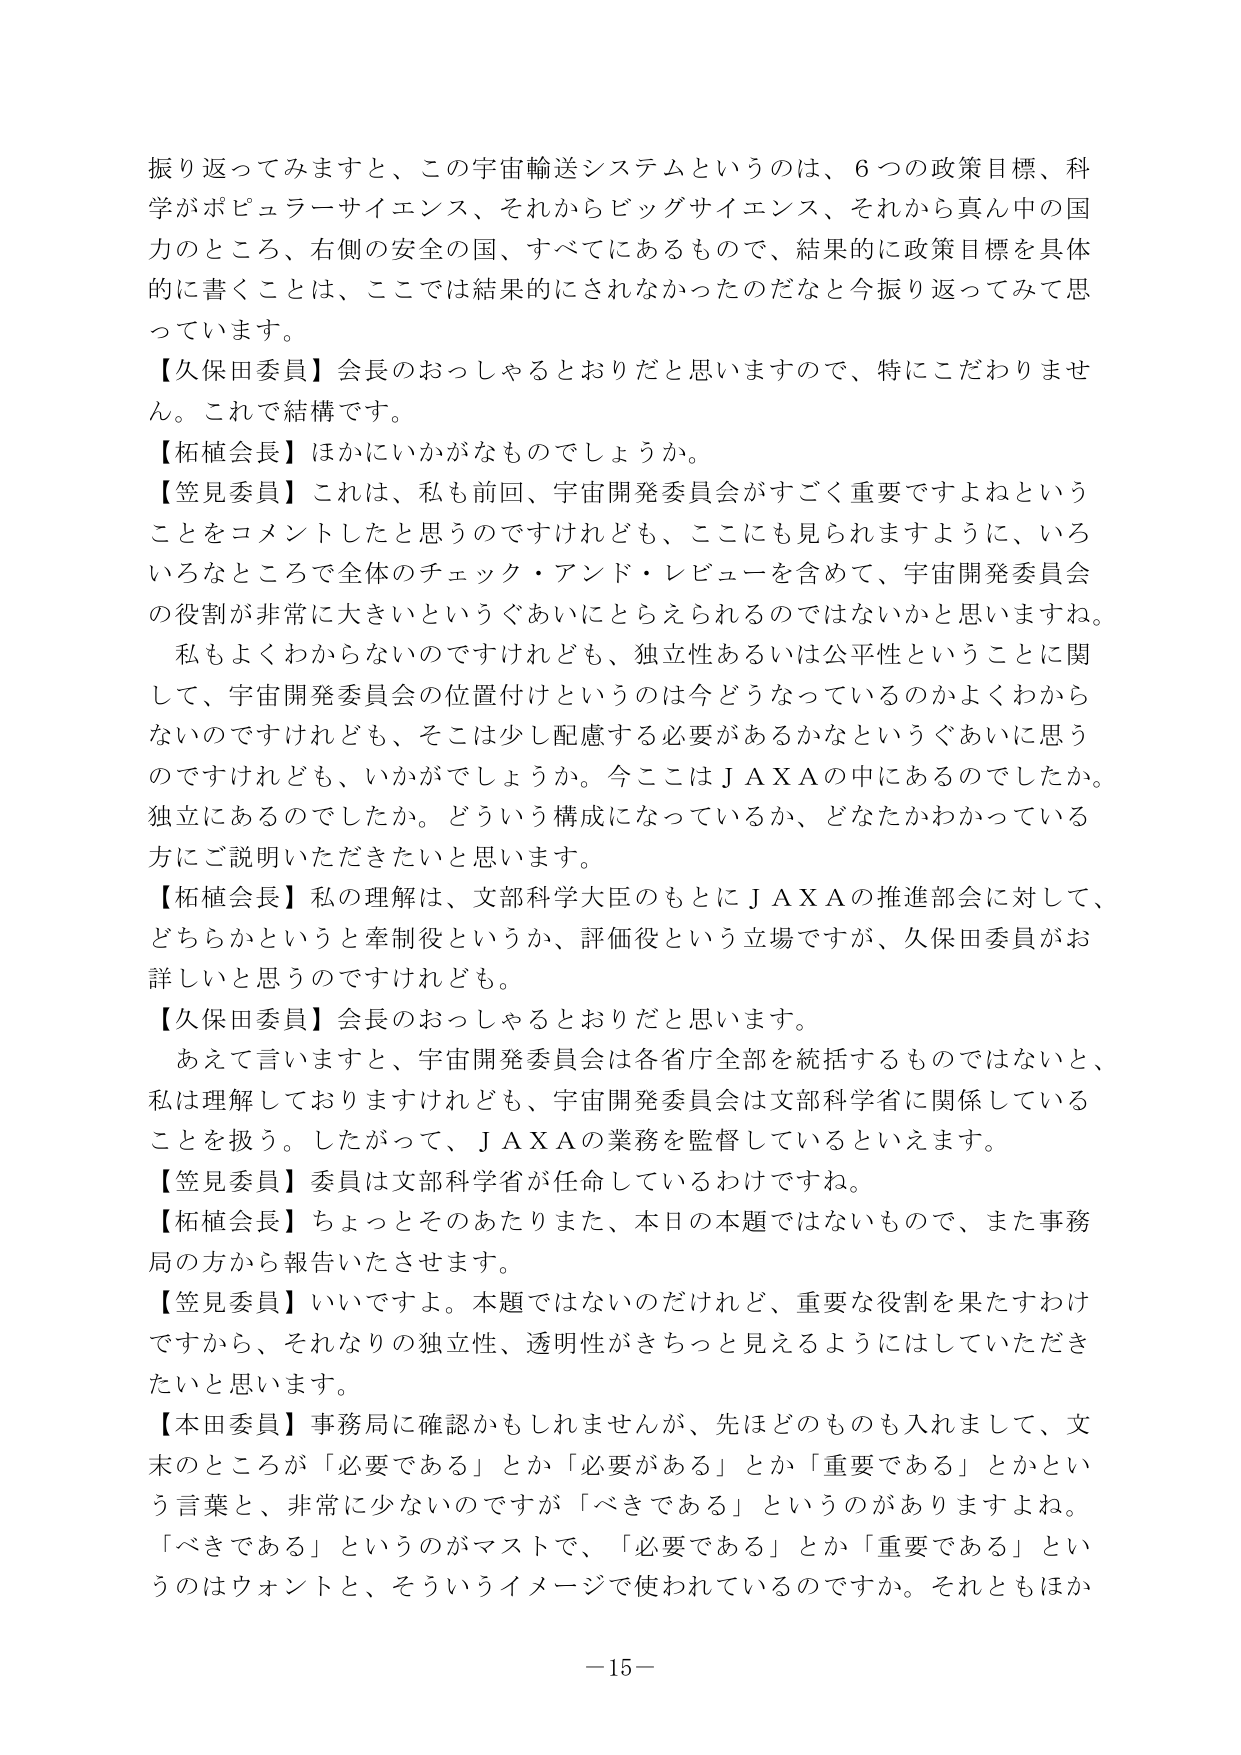
振り返ってみますと、この宇宙輸送システムというのは、６つの政策目標、科学がポピュラーサイエンス、それからビッグサイエンス、それから真ん中の国力のところ、右側の安全の国、すべてにあるもので、結果的に政策目標を具体的に書くことは、ここでは結果的にされなかったのだなと今振り返ってみて思っています。

【久保田委員】会長のおっしゃるとおりだと思いますので、特にこだわりません。これで結構です。

【柘植会長】ほかにいかがなものでしょうか。

【笠見委員】これは、私も前回、宇宙開発委員会がすごく重要ですよねということをコメントしたと思うのですけれども、ここにも見られますように、いろいろなところで全体のチェック・アンド・レビューを含めて、宇宙開発委員会の役割が非常に大きいというぐあいにとらえられるのではないかと思いますね。私もよくわからないのですけれども、独立性あるいは公平性ということに関して、宇宙開発委員会の位置付けというのは今どうなっているのかよくわからないのですけれども、そこは少し配慮する必要があるかなというぐあいに思うのですけれども、いかがでしょうか。今ここはＪＡＸＡの中にあるのでしょうか。独立にあるのでしょうか。どういう構成になっているか、どなたかわかっている方にご説明いただきたいと思います。

【柘植会長】私の理解は、文部科学大臣のもとにＪＡＸＡの推進部会に対して、どちらかというと牽制役というか、評価役という立場ですが、久保田委員がお詳しいと思うのですけれども。

【久保田委員】会長のおっしゃるとおりだと思います。

あえて言いますと、宇宙開発委員会は各省庁全部を統括するものではないと、私は理解しておりますけれども、宇宙開発委員会は文部科学省に関係していることを扱う。したがって、ＪＡＸＡの業務を監督しているといえます。

【笠見委員】委員は文部科学省が任命しているわけですね。

【柘植会長】ちょっとそのあたりまた、本日の本題ではないもので、また事務局の方から報告いたします。

【笠見委員】いいですよ。本題ではないのだけれど、重要な役割を果たすわけですから、それなりの独立性、透明性がきちっと見えるようにはしていただきたいと思います。

【本田委員】事務局に確認かもしれませんが、先ほどどののもも入れまして、文末のところが「必要である」とか「必要がある」とか「重要である」とかという言葉と、非常に少ないのですが「べきである」というのがありますよね。「べきである」というのがマストで、「必要である」とか「重要である」というのはウォントと、そういうイメージで使われているのですか。それともほか

－15－